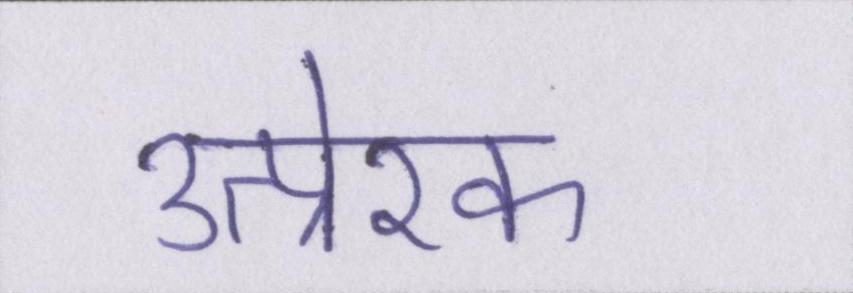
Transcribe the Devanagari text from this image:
उत्प्रेरक